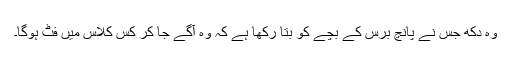
وہ دکھ جس نے پانچ برس کے بچے کو بتا رکھا ہے کہ وہ آگے جا کر کس کلاس میں فٹ ہوگا۔